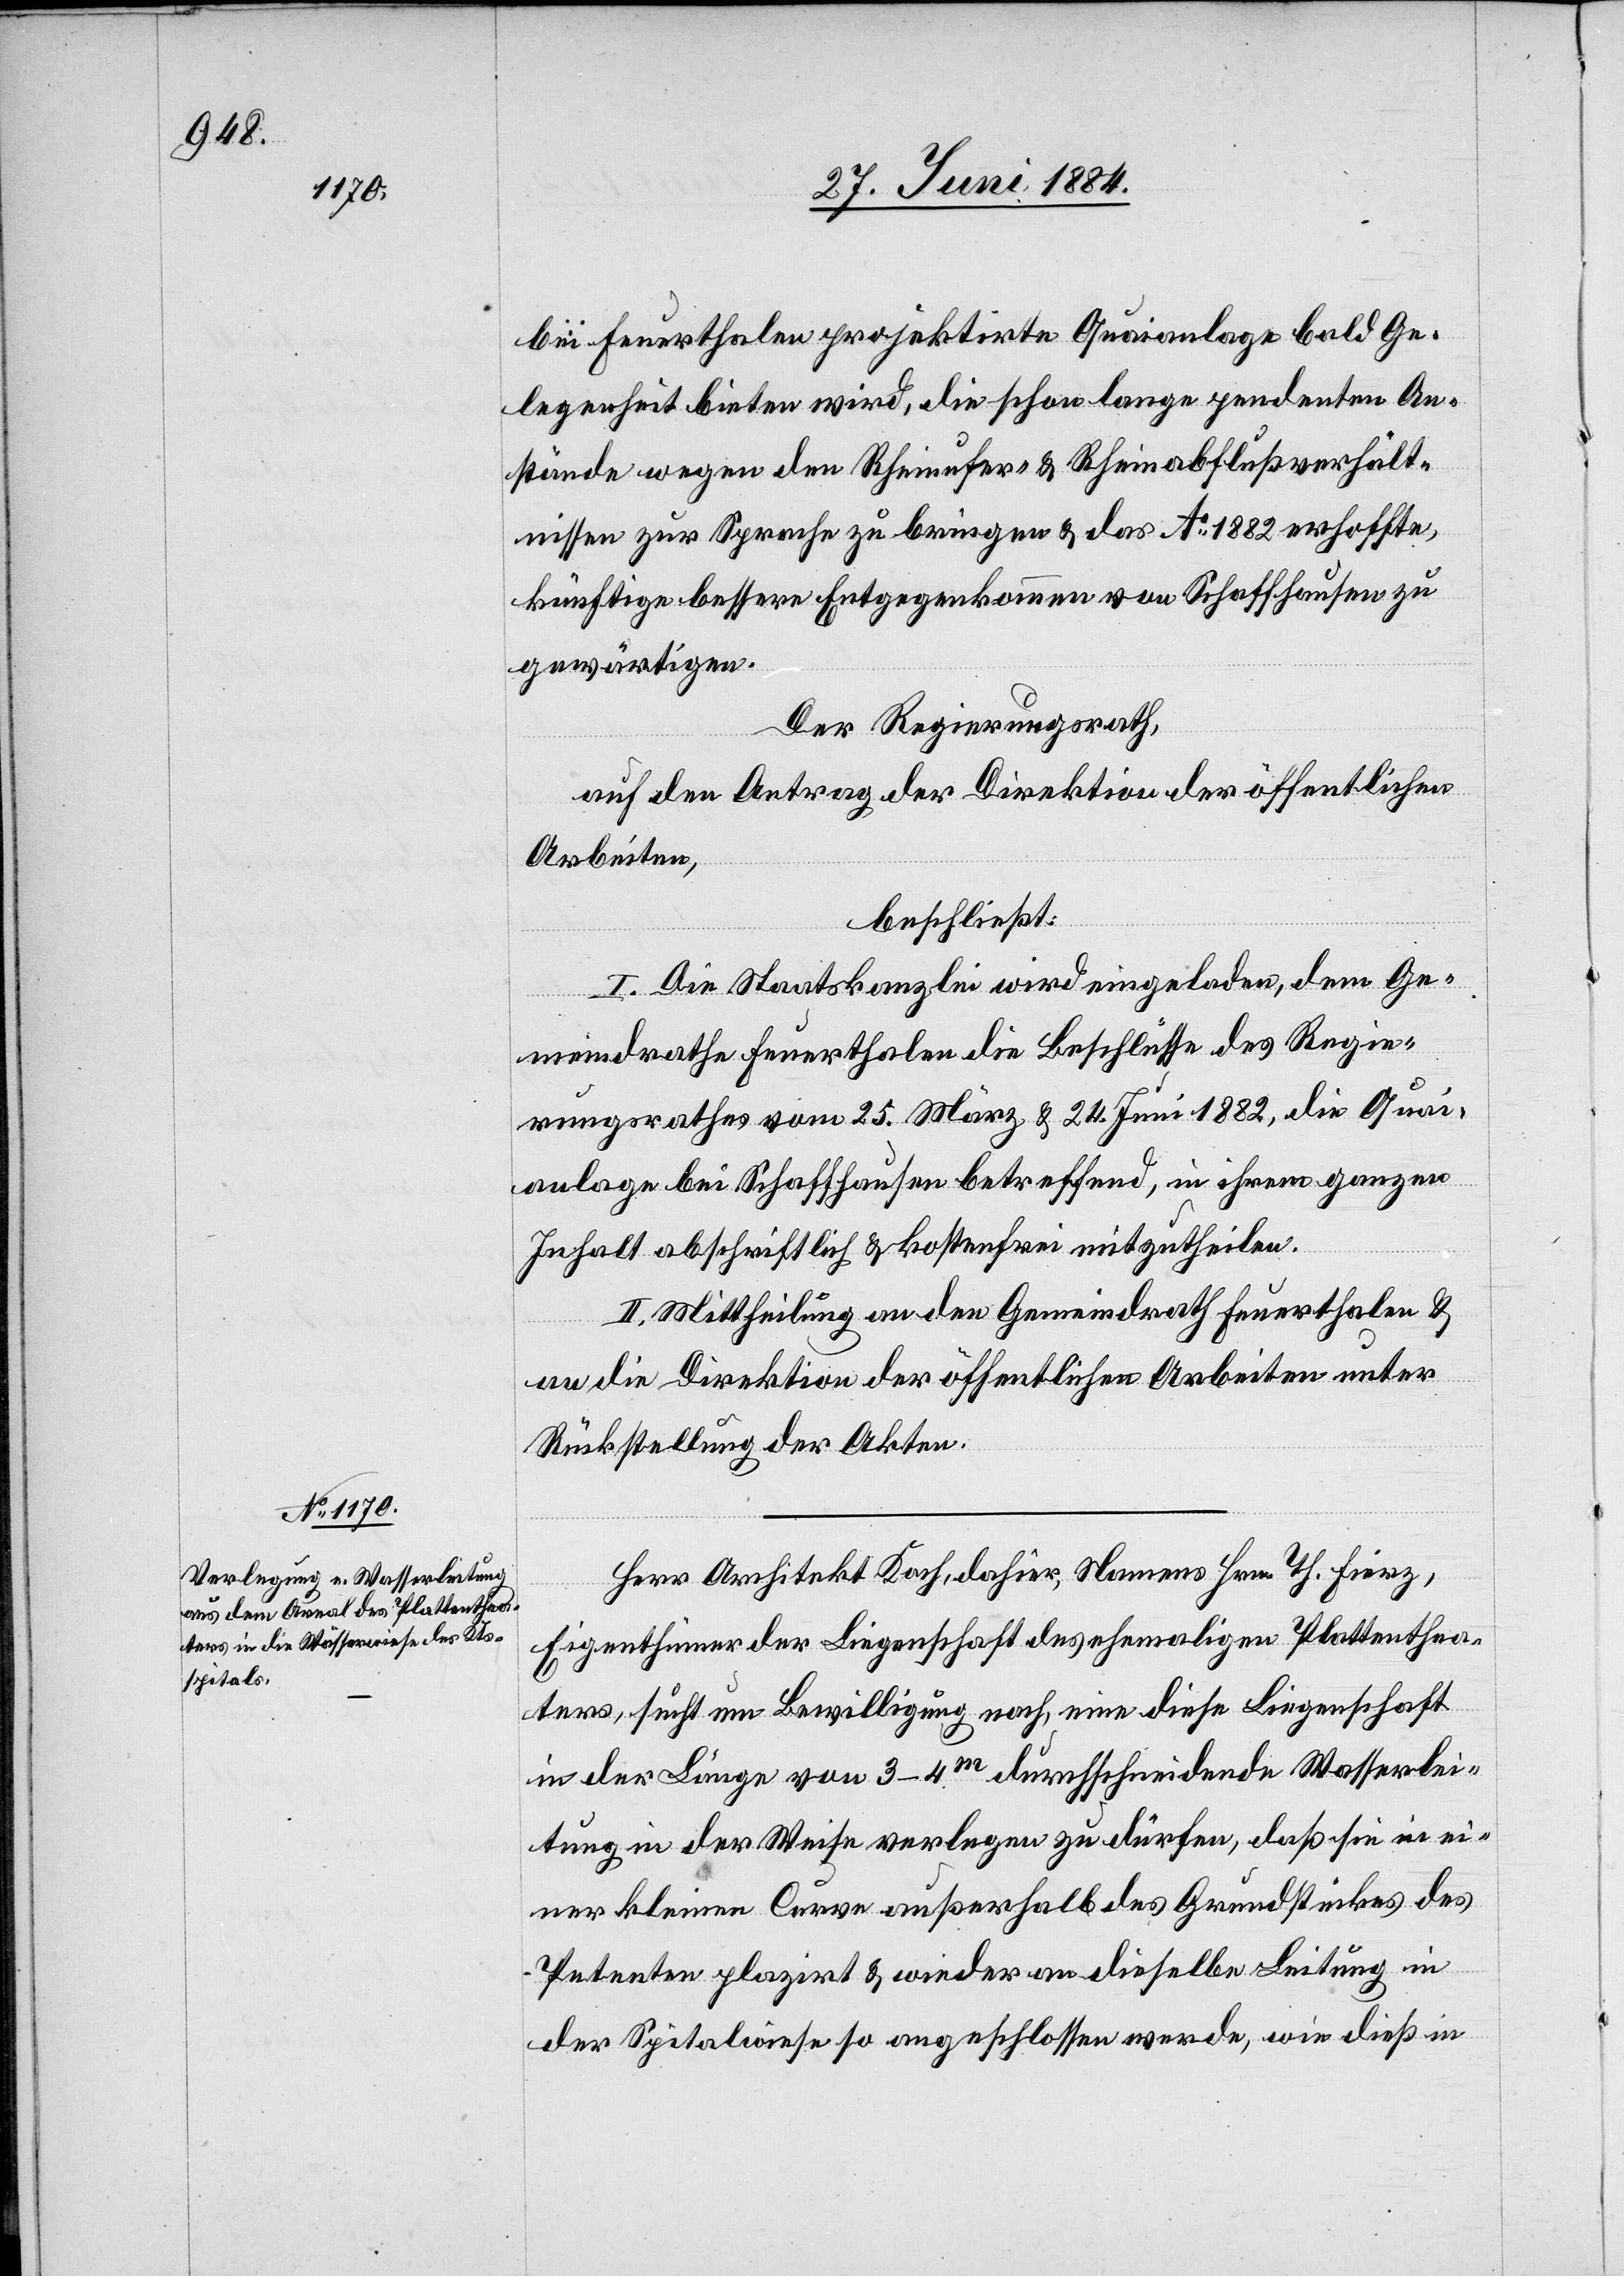
bei Feuerthalen projektirte Quaianlage bald Ge¬
legenheit bieten wird, die schon lange pendenten An¬
stände wegen den Rheinufer- & Rheinabflußverhält¬
nisse zur Sprache zu bringen & das Ao 1882 erhoffte,
künftige bessere Entgegenkommen von Schaffhausen zu
gewärtigen.
Der Regierungsrath,
auf den Antrag der Direktion der öffentlichen
Arbeiten,
beschließt:
I. Die Staatskanzlei wird eingeladen, dem Ge¬
meindrathe Feuerthalen die Beschlüsse des Regie¬
rungsrathes vom 25. März & 24. Juni 1882, die Quai¬
anlage bei Schaffhausen betreffend, in ihrem ganzen
Inhalt abschriftlich & kostenfrei mitzutheilen.
II. Mittheilung an den Gemeindrath Feuerthalen &
an die Direktion der öffentlichen Arbeiten unter
Rückstellung der Akten.
Herr Architekt Koch, dahier, Namens Hrn. Th. Fierz,
Eigenthümer der Liegenschaft des ehemaligen Plattenthea¬
ters, sucht um Bewilligung nach, eine diese Liegenschaft
in der Länge von 3–4m durchschneidende Wasserlei¬
tung in der Weise verlegen zu dürfen, daß sie in ei¬
ner kleinen Curve außerhalb des Grundstückes des
Petenten plazirt & wieder an dieselbe Leitung in
der Spitalwiese so angeschlossen werde, wie dieß in